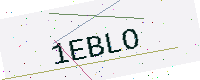
Text: 1EBLO